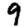
Digit: 9